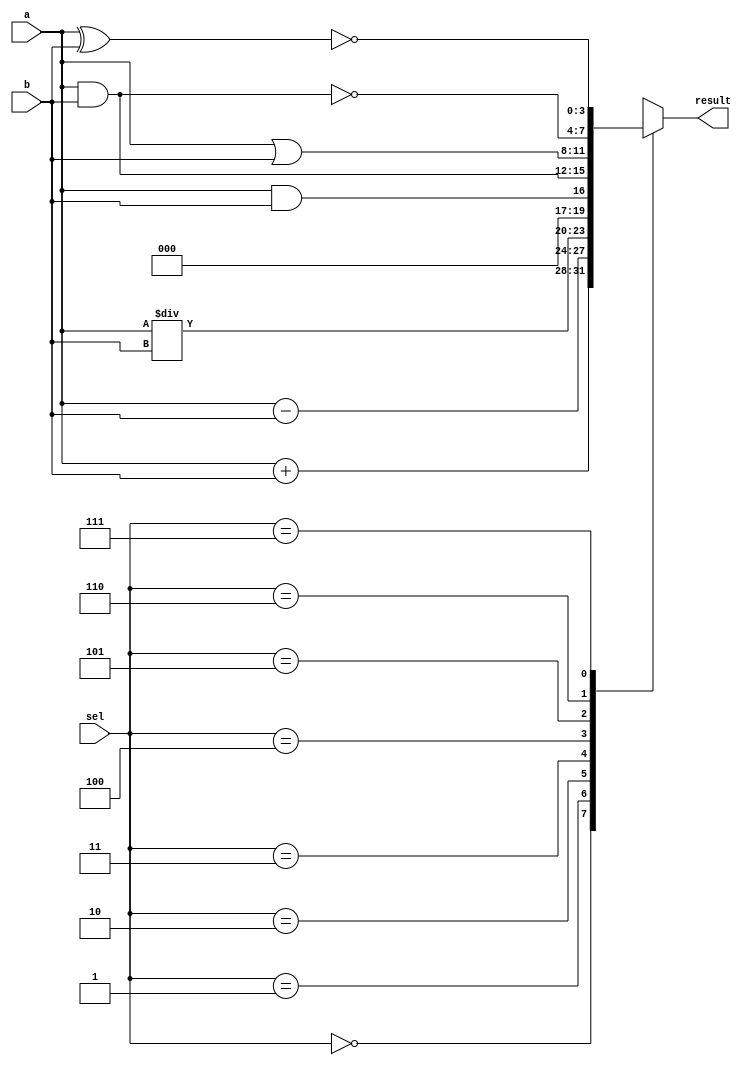
module alu_4bit(
    input [3:0] a,
    input [3:0] b,
    input [2:0] sel,
    output reg [3:0] result
);

always @(*) begin
    case(sel)
        3'b000: result = a + b; // Addition
        3'b001: result = a - b; // Subtraction
        3'b010: result = a / b; // Division
        3'b011: result = (a && b); // Logical AND (Note: This will give either 1 or 0)
        3'b100: result = a & b; // Bitwise AND
        3'b101: result = a | b; // Bitwise OR
        3'b110: result = ~(a & b); // Bitwise NAND
        3'b111: result = ~(a ^ b); // Bitwise XNOR
        default: result = 4'bxxxx; // Undefined operation
    endcase
end

endmodule